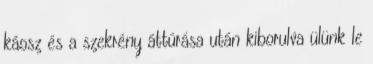
káosz és a szekrény áttúrása után kiborulva ülünk le